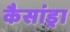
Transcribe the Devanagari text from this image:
कैसांड्रा